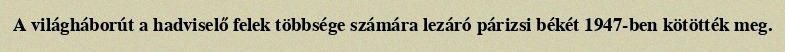
A világháborút a hadviselő felek többsége számára lezáró párizsi békét 1947-ben kötötték meg.